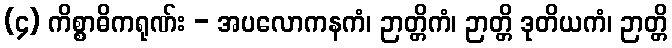
(၄) ကိစ္စာဓိကရုဏ်း - အပလောကနကံ၊ ဉာတ္တိကံ၊ ဉာတ္တိ ဒုတိယကံ၊ ဉာတ္တိ